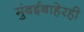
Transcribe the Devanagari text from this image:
मुंबईबाहेरही